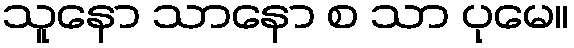
သူနော သာနော စ သာ ပုမေ။